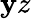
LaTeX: \mathbf{y}z